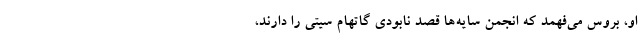
او، بروس می‌فهمد که انجمن سایه‌ها قصد نابودی گاتهام سیتی را دارند،